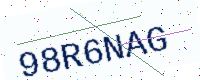
Text: 98R6NAG